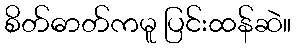
စိတ်ဓာတ်ကမူ ပြင်းထန်ဆဲ။